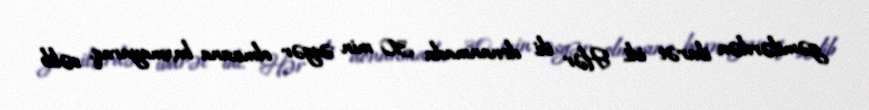
gəmilərdən ibarət idi. Hər iki donanmada 30 min əsgər olmasına baxmayaraq, səlib